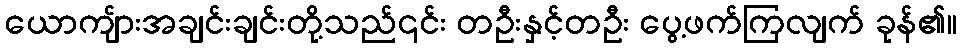
ယောကျ်ားအချင်းချင်းတို့သည်၎င်း တဦးနှင့်တဦး ပွေ့ဖက်ကြလျက် ခုန်၏။